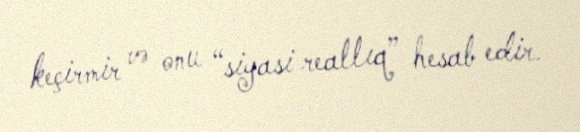
keçirmir və onu “siyasi reallıq” hesab edir.